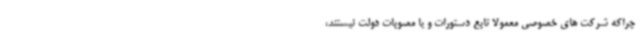
چراکه شرکت های خصوصی معمولا تابع دستورات و یا مصوبات دولت نیستند،